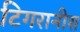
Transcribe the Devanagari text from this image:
टिगरानीस